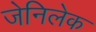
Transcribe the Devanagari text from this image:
जेनिलेक